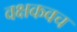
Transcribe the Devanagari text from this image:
वक्षकवच